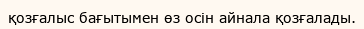
қозғалыс бағытымен өз осін айнала қозғалады.